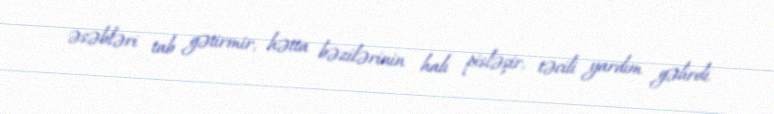
əsəbləri tab gətirmir, hətta bəzilərinin halı pisləşir, təcili yardım gəlirdi.